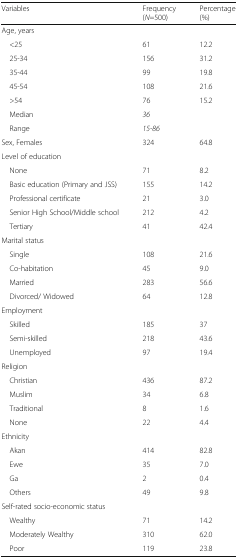
<table><thead><tr><td><b>Variables</b></td><td><b>Frequency (<i>N</i>=500)</b></td><td><b>Percentage (%)</b></td></tr></thead><tbody><tr><td colspan="3">Age, years</td></tr><tr><td> &lt;25</td><td>61</td><td>12.2</td></tr><tr><td> 25-34</td><td>156</td><td>31.2</td></tr><tr><td> 35-44</td><td>99</td><td>19.8</td></tr><tr><td> 45-54</td><td>108</td><td>21.6</td></tr><tr><td> &gt;54</td><td>76</td><td>15.2</td></tr><tr><td> Median</td><td><i>36</i></td><td></td></tr><tr><td> Range</td><td><i>15-86</i></td><td></td></tr><tr><td>Sex, Females</td><td>324</td><td>64.8</td></tr><tr><td colspan="3">Level of education</td></tr><tr><td> None</td><td>71</td><td>8.2</td></tr><tr><td> Basic education (Primary and JSS)</td><td>155</td><td>14.2</td></tr><tr><td> Professional certificate</td><td>21</td><td>3.0</td></tr><tr><td> Senior High School/Middle school</td><td>212</td><td>4.2</td></tr><tr><td> Tertiary</td><td>41</td><td>42.4</td></tr><tr><td colspan="3">Marital status</td></tr><tr><td> Single</td><td>108</td><td>21.6</td></tr><tr><td> Co-habitation</td><td>45</td><td>9.0</td></tr><tr><td> Married</td><td>283</td><td>56.6</td></tr><tr><td> Divorced/ Widowed</td><td>64</td><td>12.8</td></tr><tr><td colspan="3">Employment</td></tr><tr><td> Skilled</td><td>185</td><td>37</td></tr><tr><td> Semi-skilled</td><td>218</td><td>43.6</td></tr><tr><td> Unemployed</td><td>97</td><td>19.4</td></tr><tr><td colspan="3">Religion</td></tr><tr><td> Christian</td><td>436</td><td>87.2</td></tr><tr><td> Muslim</td><td>34</td><td>6.8</td></tr><tr><td> Traditional</td><td>8</td><td>1.6</td></tr><tr><td> None</td><td>22</td><td>4.4</td></tr><tr><td colspan="3">Ethnicity</td></tr><tr><td> Akan</td><td>414</td><td>82.8</td></tr><tr><td> Ewe</td><td>35</td><td>7.0</td></tr><tr><td> Ga</td><td>2</td><td>0.4</td></tr><tr><td> Others</td><td>49</td><td>9.8</td></tr><tr><td colspan="3">Self-rated socio-economic status</td></tr><tr><td> Wealthy</td><td>71</td><td>14.2</td></tr><tr><td> Moderately Wealthy</td><td>310</td><td>62.0</td></tr><tr><td> Poor</td><td>119</td><td>23.8</td></tr></tbody></table>